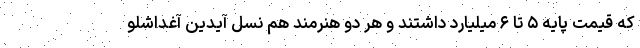
که قیمت پایه ۵ تا ۶ میلیارد داشتند و هر دو هنرمند هم نسل آیدین آغداشلو